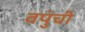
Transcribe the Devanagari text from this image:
वपुंची